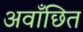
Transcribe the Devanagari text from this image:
अवाँछित